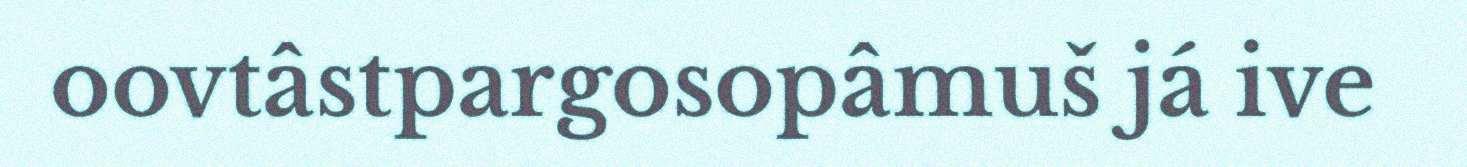
oovtâstpargosopâmuš já ive